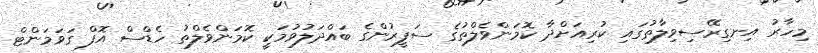
މިހާރު އިނގިރޭސިވިލާތުގައި ކުރިއަށްދާ ކޮމަންވެލްތުގެ ސަފީރުންގެ ބައްދަލުވުމަކީ ކޮމަންވެލްތު ހެޑްސް އޮފް ގަވަމަންޓް